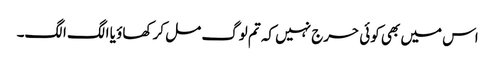
اس میں بھی کوئی حرج نہیں کہ تم لوگ مل کر کھاؤ یا الگ الگ۔